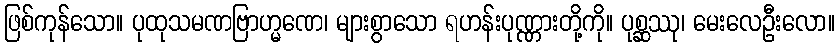
ဖြစ်ကုန်သော။ ပုထုသမဏဗြာဟ္မဏေ၊ များစွာသော ရဟန်းပုဏ္ဏားတို့ကို။ ပုစ္ဆဿု၊ မေးလေဦးလော။